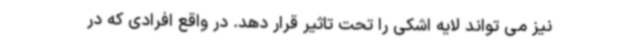
نیز می تواند لایه اشکی را تحت تاثیر قرار دهد. در واقع افرادی که در